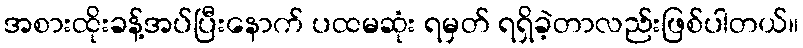
အစားထိုးခန့်အပ်ပြီးနောက် ပထမဆုံး ရမှတ် ရရှိခဲ့တာလည်းဖြစ်ပါတယ်။